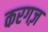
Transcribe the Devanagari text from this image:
करगज़